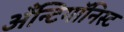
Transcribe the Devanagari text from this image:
अँन्टिगॉनिस्ट